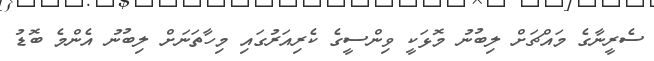
ސެރީނާގެ މައްޗަށް ލިބުނު މޮޅަކީ ވިންސީގެ ކެރިއަރުގައި މިހާތަނަށް ލިބުނު އެންމެ ބޮޑު